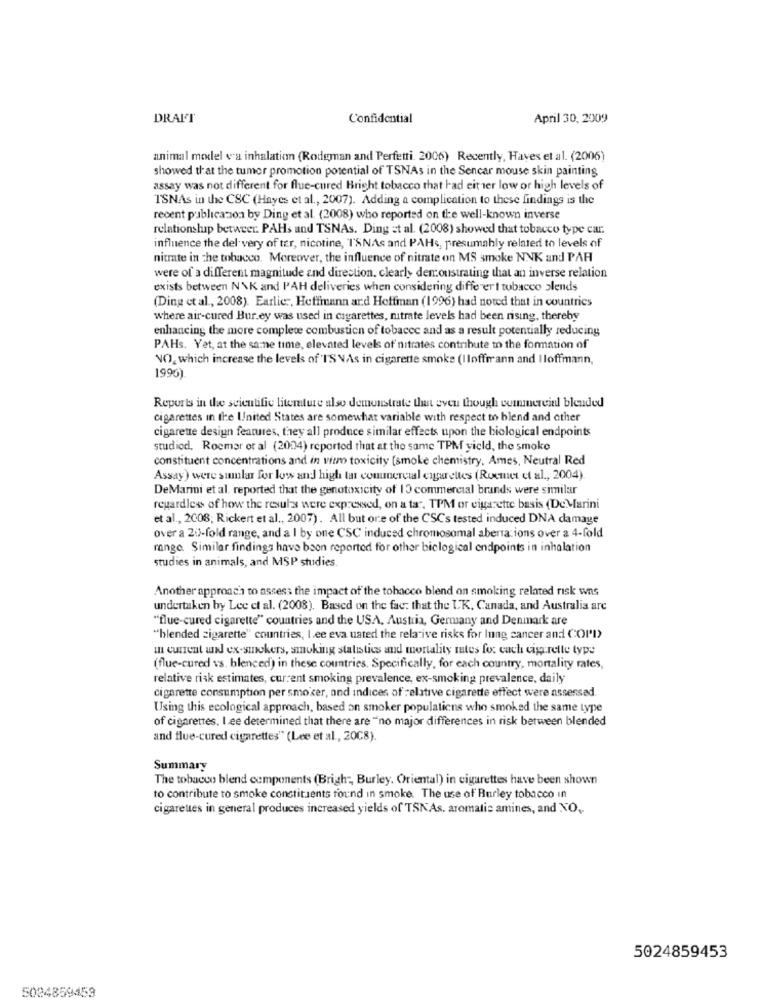
DRAL'T
Confidential
April 30, 2009
animal model v'a inhalation (Rodgman and Perfetti. 2006) Recently, Haves et al. (2006)
showed that the tumor promotion potential of TSNAs in the Sencar mouse skin painting
assay was not different for flue-cured Bright tobacco that had eit ter low or high levels of
TSNAs in the CSC (Hayes et al ., 2007). Adding a complication to these findings is the
recent publication by Ding et al. (2008) who reported on the well-known inverse
relationship between. PAHs and TSNAs. Ding =t al. (2008) showed that tobacco type car.
influence the del very of ter, nicotine, TSNAs and PAHs, presumably related to levels of
nitrate in the tobacco. Moreover, the influence of nitrate on MS smoke NNK and PAR
were of a different magnitude and direction. clearly demonstrating that an inverse relation
exists between N\K and PAH deliveries when considering diffe er I tobacco slends
(Ding et al ., 2008). Earlier, Hoffmann ard Hoffman (1996) had noted that in countries
where air-cured Bur.ey was used in cigarettes, nitrate levels had been rising, thereby
enhancing the more complete combustion of tobaccc and as a result potentially reducing
PAHs. Yet, at the same time, elevated levels of' nitrates contribute to the formation of
NO, which increase the levels of 'I'SVAs in cigarette smoke (Iloffmann and Iloffmann,
1996)
Reports in the scientific literature also demonstrate that even though commercial blended
cigarettes in the United States are somewhat variable with respect to blend and other
cigarette design features, they all produce similar effects upon the biological endpoints
studiod, Roemar or al (2004) reported that at the same TPM yield, the smoke
constituent concentrations and in vim toxicity [smoke chemistry, Ames, Neutral Red
Assay) were sumlar for low and high ta commercial engarelles (Roemer et al ., 2004).
DeMarini et al. reported that the genotoxicity of 10 commercial brands were similar
regardless of how the resula were expressed, on a ta", TPM or cigarette basis (DeMarini
et al ., 2008; Rickert et al ., 2007). All but ore of the CSC's tested induced DNA damage
over a 20-fold range, and a I by one CSC induced chromosomal aberrations over a 4-fold
range. Similar findings have been reported for other biclogical endpoints in inhalation
studies in animals, and MSP studies.
Another approach to assess the impact of the tobacco blend on smoking related risk wns
undertaken by Lee et al. (2008). Based on the fac: that the UK, Canada, and Australia are
""flue-cured cigarette" countries and the USA, Austria, Germany and Denmark are
"blended zigarette" countries, I.ee eva uated the relative risks for lung cancer and COP'I)
in current und ex-smokers, smoking statistics and mortality rates for cach cigarette type
(flue-cured vs. blenced) in these countries. Specifically, for each country, mortality rates,
relative risk estimates, current smoking prevalence, ex-smoking prevalence, daily
cigarette consumption per smoker, and indices of relative cigarette effect were assessed.
Using this ecological approach, based on smoker populations who smoked the same type
of cigarettes. I ee determined that there are "no major differences in risk between blended
and flue-cured cigarettes" (Lee et al, 2008).
Summary
The tobacco blend components (Brigh", Burley. Oriental) in cigarettes have been shown
to contribute to smoke constituents found in smoke. The use of Burley tobacco in
cigarettes in general produces increased yields of TSKAs. aromatis amines, and NO ,.
5024859453
5024859453